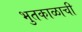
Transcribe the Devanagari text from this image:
भुतकाळाची